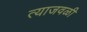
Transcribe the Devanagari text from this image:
त्याजवळी